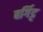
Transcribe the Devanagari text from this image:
बर्गिट्ट